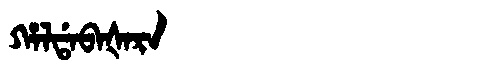
Manchu: ᡥᠠᠯᡩᠠᠪᠠᡧᠠᡵᠠ
Romanization: HALDABAŠARA